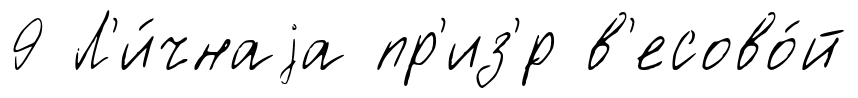
9 Л'и́чнаjа пр'из'́р в'есово́й